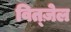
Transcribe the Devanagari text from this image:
वित्ज़ेल